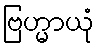
ဗြဟ္မာယုံ